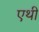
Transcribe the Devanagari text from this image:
एथी